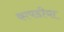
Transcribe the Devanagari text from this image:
कापडीया